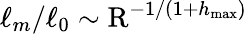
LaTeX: \ell_{m}/\ell_{0}\sim\mathrm{R}^{-1/(1+h_{\operatorname*{max}})}